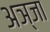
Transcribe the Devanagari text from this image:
अञ्जा